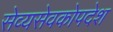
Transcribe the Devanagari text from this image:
सेव्यसेवकोपदेश